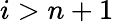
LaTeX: i>n+1